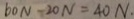
6 0 N - 2 0 N = 4 0 N